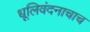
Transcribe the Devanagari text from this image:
धूलिवंदनाचाच